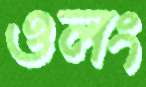
ওলং